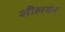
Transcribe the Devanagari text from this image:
शीलवंत